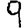
Digit: 9